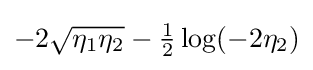
-2{\sqrt {\eta _{1}\eta _{2}}}-{\tfrac {1}{2}}\log(-2\eta _{2})